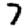
Digit: 7